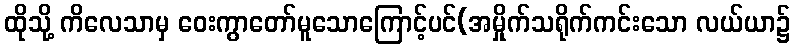
ထိုသို့ ကိလေသာမှ ဝေးကွာတော်မူသောကြောင့်ပင်(အမှိုက်သရိုက်ကင်းသော လယ်ယာ၌